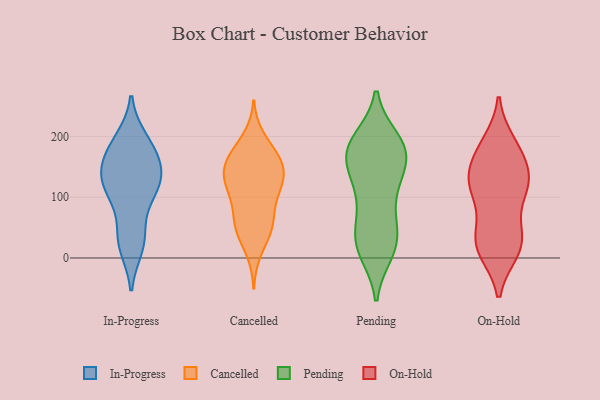
{"axis": {"x": "Conversion Rate (%)", "y": "Value"}, "legend": ["Cancelled", "In-Progress", "On-Hold", "Pending"], "data": [{"x": "", "y": 120, "type": "In-Progress"}, {"x": "", "y": 19, "type": "In-Progress"}, {"x": "", "y": 140, "type": "In-Progress"}, {"x": "", "y": 29, "type": "In-Progress"}, {"x": "", "y": 104, "type": "In-Progress"}, {"x": "", "y": 188, "type": "In-Progress"}, {"x": "", "y": 108, "type": "In-Progress"}, {"x": "", "y": 162, "type": "In-Progress"}, {"x": "", "y": 194, "type": "In-Progress"}, {"x": "", "y": 122, "type": "In-Progress"}, {"x": "", "y": 144, "type": "In-Progress"}, {"x": "", "y": 171, "type": "In-Progress"}, {"x": "", "y": 38, "type": "In-Progress"}, {"x": "", "y": 180, "type": "Cancelled"}, {"x": "", "y": 133, "type": "Cancelled"}, {"x": "", "y": 54, "type": "Cancelled"}, {"x": "", "y": 49, "type": "Cancelled"}, {"x": "", "y": 137, "type": "Cancelled"}, {"x": "", "y": 137, "type": "Cancelled"}, {"x": "", "y": 48, "type": "Cancelled"}, {"x": "", "y": 118, "type": "Cancelled"}, {"x": "", "y": 100, "type": "Cancelled"}, {"x": "", "y": 11, "type": "Cancelled"}, {"x": "", "y": 171, "type": "Cancelled"}, {"x": "", "y": 198, "type": "Cancelled"}, {"x": "", "y": 47, "type": "Cancelled"}, {"x": "", "y": 167, "type": "Cancelled"}, {"x": "", "y": 107, "type": "Cancelled"}, {"x": "", "y": 152, "type": "Cancelled"}, {"x": "", "y": 100, "type": "Cancelled"}, {"x": "", "y": 142, "type": "Cancelled"}, {"x": "", "y": 68, "type": "Cancelled"}, {"x": "", "y": 152, "type": "Cancelled"}, {"x": "", "y": 182, "type": "Pending"}, {"x": "", "y": 167, "type": "Pending"}, {"x": "", "y": 158, "type": "Pending"}, {"x": "", "y": 128, "type": "Pending"}, {"x": "", "y": 57, "type": "Pending"}, {"x": "", "y": 11, "type": "Pending"}, {"x": "", "y": 187, "type": "Pending"}, {"x": "", "y": 190, "type": "Pending"}, {"x": "", "y": 10, "type": "Pending"}, {"x": "", "y": 92, "type": "Pending"}, {"x": "", "y": 110, "type": "Pending"}, {"x": "", "y": 172, "type": "Pending"}, {"x": "", "y": 182, "type": "Pending"}, {"x": "", "y": 20, "type": "Pending"}, {"x": "", "y": 48, "type": "Pending"}, {"x": "", "y": 27, "type": "Pending"}, {"x": "", "y": 33, "type": "Pending"}, {"x": "", "y": 126, "type": "Pending"}, {"x": "", "y": 194, "type": "Pending"}, {"x": "", "y": 157, "type": "Pending"}, {"x": "", "y": 37, "type": "On-Hold"}, {"x": "", "y": 114, "type": "On-Hold"}, {"x": "", "y": 44, "type": "On-Hold"}, {"x": "", "y": 117, "type": "On-Hold"}, {"x": "", "y": 19, "type": "On-Hold"}, {"x": "", "y": 122, "type": "On-Hold"}, {"x": "", "y": 110, "type": "On-Hold"}, {"x": "", "y": 188, "type": "On-Hold"}, {"x": "", "y": 127, "type": "On-Hold"}, {"x": "", "y": 128, "type": "On-Hold"}, {"x": "", "y": 173, "type": "On-Hold"}, {"x": "", "y": 162, "type": "On-Hold"}, {"x": "", "y": 179, "type": "On-Hold"}, {"x": "", "y": 29, "type": "On-Hold"}, {"x": "", "y": 13, "type": "On-Hold"}, {"x": "", "y": 13, "type": "On-Hold"}]}